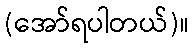
(အော်ရပါတယ်)။